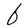
Character: b